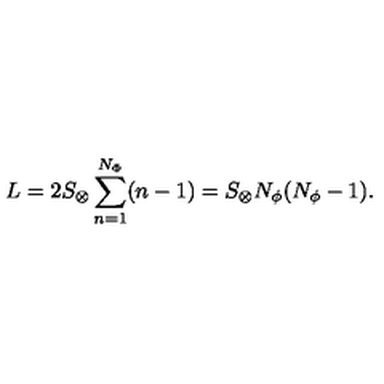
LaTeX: L = 2 S _ { \otimes } \sum _ { n = 1 } ^ { N _ { \Phi } } ( n - 1 ) = S _ { \otimes } N _ { \phi } ( N _ { \phi } - 1 ) .